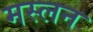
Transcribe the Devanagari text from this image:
मस्लन